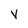
Character: v